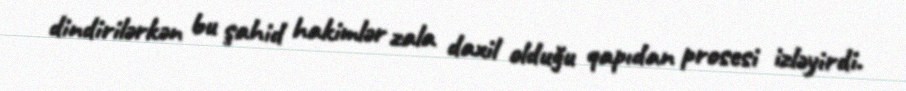
dindirilərkən bu şahid hakimlər zala daxil olduğu qapıdan prosesi izləyirdi.